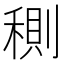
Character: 𥠉